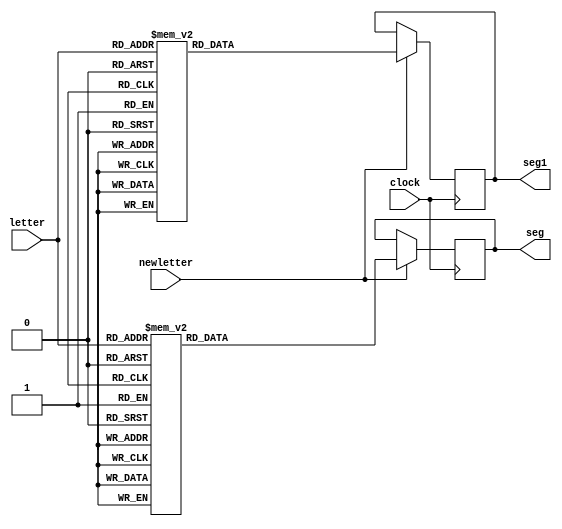
module translator(
    input newletter,
    input [5:0]letter,
    input clock,
    output reg [15:0]seg,
    output reg [6:0]seg1
    );
    //reg [5:0]letter_old = 6'b111111;
    
    parameter [5:0] ZERO = 6'b000000;
    parameter [5:0] ONE = 6'b000001;
    parameter [5:0] TWO = 6'b000010;
    parameter [5:0] THREE = 6'b000011;
    parameter [5:0] FOUR = 6'b000100;
    parameter [5:0] FIVE = 6'b000101;
    parameter [5:0] SIX = 6'b000110;
    parameter [5:0] SEVEN = 6'b000111;
    parameter [5:0] EIGHT = 6'b001000;
    parameter [5:0] NINE = 6'b001001;
    
    parameter [5:0] A = 6'b001010;
    parameter [5:0] B = 6'b001011;
    parameter [5:0] C = 6'b001100;
    parameter [5:0] D = 6'b001101;
    parameter [5:0] E = 6'b001110;
    parameter [5:0] F = 6'b001111;
    parameter [5:0] G = 6'b010000;
    parameter [5:0] H = 6'b010001;
    parameter [5:0] I = 6'b010010;
    parameter [5:0] J = 6'b010011;
    parameter [5:0] K = 6'b010100;
    parameter [5:0] L = 6'b010101;
    parameter [5:0] M = 6'b010110;
    parameter [5:0] N = 6'b010111;
    parameter [5:0] O = 6'b011000;
    parameter [5:0] P = 6'b011001;
    parameter [5:0] Q = 6'b011010;
    parameter [5:0] R = 6'b011011;
    parameter [5:0] S = 6'b011100;
    parameter [5:0] T = 6'b011101;
    parameter [5:0] U = 6'b011110;
    parameter [5:0] V = 6'b011111;
    parameter [5:0] W = 6'b100000;
    parameter [5:0] X = 6'b100001;
    parameter [5:0] Y = 6'b100010;
    parameter [5:0] Z = 6'b100011;
    parameter [5:0] N1 = 6'b100100;
    parameter [5:0] N2 = 6'b100101;
    parameter [5:0] N3 = 6'b100110;
    parameter [5:0] NULL = 6'b100111;
    
    always@(posedge clock)
    begin
        if(newletter == 1)
        case(letter)
	       ZERO : seg = 16'b0110000011111111;
	       ONE : seg = 16'b0000000000001100;
	       TWO : seg = 16'b0000001101110111;
	       THREE : seg = 16'b0000001100111111;
	       FOUR : seg = 16'b0000001110001100;
	       FIVE : seg = 16'b0000001110111011;
	       SIX : seg = 16'b0000001111111011;
	       SEVEN : seg = 16'b0110000000000011;
	       EIGHT : seg = 16'b0000001111111111;
	       NINE : seg = 16'b0000001110111111;
	       A : seg = 16'b0000001111001111;
	       B : seg = 16'b0010001111111011;
	       C : seg = 16'b0000000011110011;
	       D : seg = 16'b0000110100111111;
	       E : seg = 16'b0000001111110011;
	       F : seg = 16'b0000001111000011;
	       G : seg = 16'b0000001011111011;
	       H : seg = 16'b0000001111001100;
	       I : seg = 16'b0000110000110011;
	       J : seg = 16'b0000000001111100;
	       K : seg = 16'b1010000111000000;
	       L : seg = 16'b0000000011110000;
	       M : seg = 16'b0011000011001100;
	       N : seg = 16'b1001000011001100;
	       O : seg = 16'b0000000011111111; 
	       P : seg = 16'b0000001111000111;
	       Q : seg = 16'b1000000011111111;
	       R : seg = 16'b1000001111000111;
	       S : seg = 16'b0001001000111011;
	       T : seg = 16'b0000110000000011;
	       U : seg = 16'b0000000011111100;
	       V : seg = 16'b0110000011000000;
	       W : seg = 16'b1100000011001100;
	       X : seg = 16'b1111000000000000;
	       Y : seg = 16'b0011100000000000;
	       Z : seg = 16'b0110000000110011;
        default : seg = 16'b00000000000000;   
        endcase
    end
    
     always@(posedge clock)
    begin
        //if(letter_old != letter && letter != 6'b111111)
        //    letter_old = letter;
        if(newletter == 1)
        case(letter)
	       ZERO : seg1 = 7'b1000000;
	       ONE : seg1 = 7'b1111001;
	       TWO : seg1 = 7'b0100100;
	       THREE : seg1 = 7'b0110001;
	       FOUR : seg1 = 7'b0011001;
	       FIVE : seg1 = 7'b0010010;
	       SIX : seg1 = 7'b0000010;
	       SEVEN : seg1 = 7'b1111000;
	       EIGHT : seg1 = 7'b0000000;
	       NINE : seg1 = 7'b0011000;
	       A : seg1 = 7'b0001000;
	       B : seg1 = 7'b0000011;
	       C : seg1 = 7'b1000110;
	       D : seg1 = 7'b0100001;
	       E : seg1 = 7'b00000110;
	       F : seg1 = 7'b0001110;
	       G : seg1 = 7'b0010000;
	       H : seg1 = 7'b0001001;
	       I : seg1 = 7'b1101110;
	       J : seg1 = 7'b1100001;
	       K : seg1 = 7'b1110110;
	       L : seg1 = 7'b1000111;
	       M : seg1 = 7'b0110110;
	       N : seg1 = 7'b0110111;
	       O : seg1 = 7'b0100011;
	       P : seg1 = 7'b0001100;
	       Q : seg1 = 7'b0010100;
	       R : seg1 = 7'b0101111;
	       S : seg1 = 7'b0110010;
	       T : seg1 = 7'b1001110;
	       U : seg1 = 7'b1000001;
	       V : seg1 = 7'b1100011;
	       W : seg1 = 7'b0111000;
	       X : seg1 = 7'b1001001;
	       Y : seg1 = 7'b0001101;
	       Z : seg1 = 7'b1110111;
        default : seg1 = 7'b1111111; 
        endcase
    end
endmodule